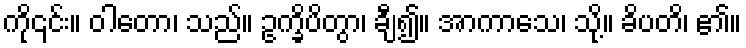
ကို၎င်း။ ဝါတော၊ သည်။ ဥက္ခိပိတွာ၊ ချီ၍။ အာကာသေ၊ သို့။ ခိပတိ၊ ၏။